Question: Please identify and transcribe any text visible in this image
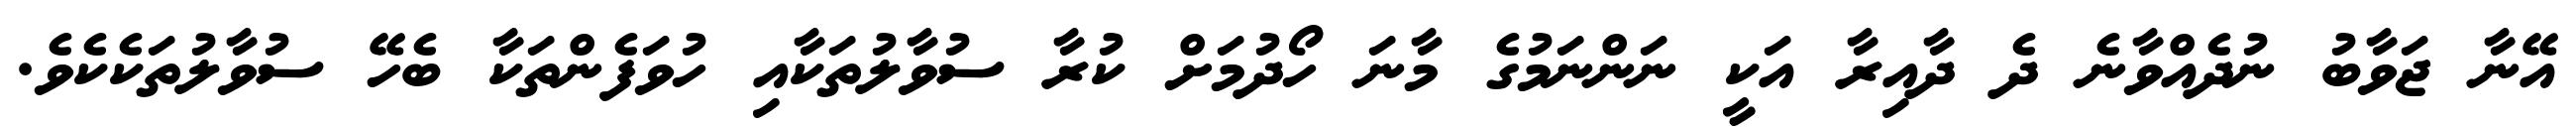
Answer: އޭނާ ޖަވާބު ނުދެއްވާނެ ދެ ދާއިރާ އަކީ ނަންނަމުގެ މާނަ ހޯދުމަށް ކުރާ ސުވާލުތަކާއި ހުވަފެންތަކާ ބެހޭ ސުވާލުތަކެކެވެ.